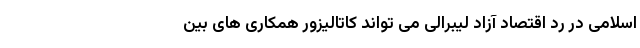
اسلامی در رد اقتصاد آزاد لیبرالی می تواند کاتالیزور همکاری های بین